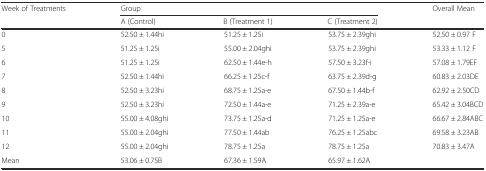
<table><thead><tr><td rowspan="2"><b>Week of Treatments</b></td><td colspan="3"><b>Group</b></td><td rowspan="2"><b>Overall Mean</b></td></tr><tr><td><b>A (Control)</b></td><td><b>B (Treatment 1)</b></td><td><b>C (Treatment 2)</b></td></tr></thead><tbody><tr><td>0</td><td>52.50 ± 1.44hi</td><td>51.25 ± 1.25i</td><td>53.75 ± 2.39ghi</td><td>52.50 ± 0.97 F</td></tr><tr><td>5</td><td>51.25 ± 1.25i</td><td>55.00 ± 2.04ghi</td><td>53.75 ± 2.39ghi</td><td>53.33 ± 1.12 F</td></tr><tr><td>6</td><td>51.25 ± 1.25i</td><td>62.50 ± 1.44e-h</td><td>57.50 ± 3.23f-i</td><td>57.08 ± 1.79EF</td></tr><tr><td>7</td><td>52.50 ± 1.44hi</td><td>66.25 ± 1.25c-f</td><td>63.75 ± 2.39d-g</td><td>60.83 ± 2.03DE</td></tr><tr><td>8</td><td>52.50 ± 3.23hi</td><td>68.75 ± 1.25a-e</td><td>67.50 ± 1.44b-f</td><td>62.92 ± 2.50CD</td></tr><tr><td>9</td><td>52.50 ± 3.23hi</td><td>72.50 ± 1.44a-e</td><td>71.25 ± 2.39a-e</td><td>65.42 ± 3.04BCD</td></tr><tr><td>10</td><td>55.00 ± 4.08ghi</td><td>73.75 ± 1.25a-d</td><td>71.25 ± 1.25a-e</td><td>66.67 ± 2.84ABC</td></tr><tr><td>11</td><td>55.00 ± 2.04ghi</td><td>77.50 ± 1.44ab</td><td>76.25 ± 1.25abc</td><td>69.58 ± 3.23AB</td></tr><tr><td>12</td><td>55.00 ± 2.04ghi</td><td>78.75 ± 1.25a</td><td>78.75 ± 1.25a</td><td>70.83 ± 3.47A</td></tr><tr><td>Mean</td><td>53.06 ± 0.75B</td><td>67.36 ± 1.59A</td><td>65.97 ± 1.62A</td><td></td></tr></tbody></table>